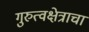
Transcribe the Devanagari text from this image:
गुरुत्वक्षेत्राचा